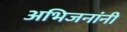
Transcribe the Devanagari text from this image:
अभिजनांनी